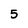
Character: 5